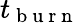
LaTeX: t_{\mathrm{~b~u~r~n~}}